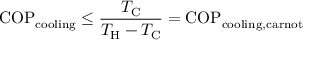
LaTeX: \mathrm { C O P } _ { \mathrm { c o o l i n g } } \leq { \frac { T _ { \mathrm { { C } } } } { T _ { \mathrm { { H } } } - T _ { \mathrm { { C } } } } } = \mathrm { C O P } _ { \mathrm { c o o l i n g , c a r n o t } }